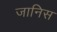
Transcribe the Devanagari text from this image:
जानिस